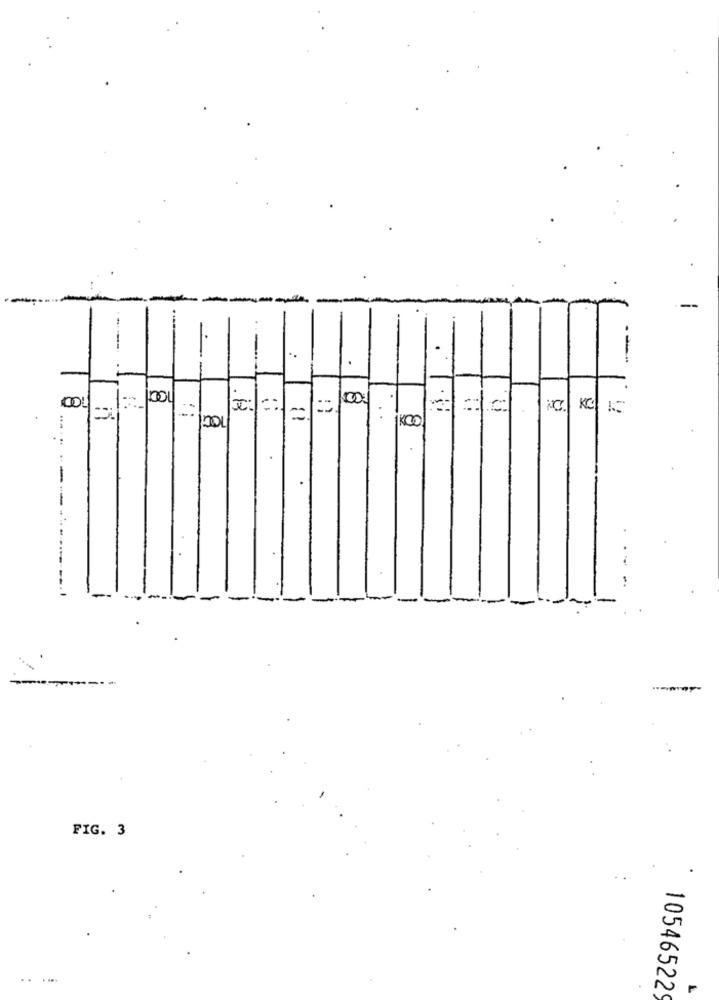
.
rol
x: ::
=c:
:
IKCO
.
FIG. 3
..
. ...
105465229